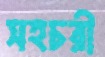
সহচরী